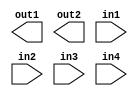
module mod_a ( output out1, output out2, input in1, input in2, input in3, input in4);

endmodule

module top_module ( 
    input a, 
    input b, 
    input c,
    input d,
    output out1,
    output out2
);
    mod_a inst (
        .out1(out1),
        .out2(out2),
        .in1(a),
        .in2(b),
        .in3(c),
        .in4(d)
    );

endmodule